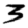
Digit: 3